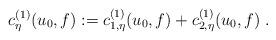
LaTeX: \begin{align*} c_{\eta}^{(1)}(u_0, f) := c_{1,\eta}^{(1)}(u_0,f) + c_{2,\eta}^{(1)}(u_0,f) \; .\end{align*}